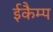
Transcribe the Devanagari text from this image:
ईकैम्प